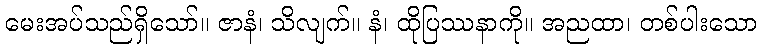
မေးအပ်သည်ရှိသော်။ ဇာနံ၊ သိလျက်။ နံ၊ ထိုပြဿနာကို။ အညထာ၊ တစ်ပါးသော